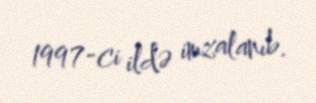
1997-ci ildə imzalanıb.